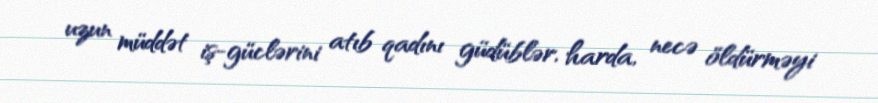
uzun müddət iş-güclərini atıb qadını güdüblər, harda, necə öldürməyi